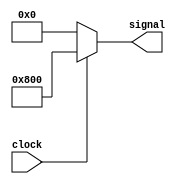
`timescale 1ns / 1ps
//////////////////////////////////////////////////////////////////////////////////
// Company: 
// Engineer: 
// 
// Design Name: 
// Module Name: beep_400Hz
// Project Name: 
// Target Devices: 
// Tool Versions: 
// Description: 
// 
// Dependencies: 
// 
// Revision:
// Revision 0.01 - File Created
// Additional Comments:
// 
//////////////////////////////////////////////////////////////////////////////////


module beep_400Hz(
    input clock,
    output reg [11:0] signal
    );
    
    always @ (clock) begin
        signal = (clock == 1) ? 12'h800 : 0;
    end
    
endmodule